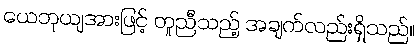
ယေဘုယျအားဖြင့် တူညီသည့် အချက်လည်းရှိသည်။